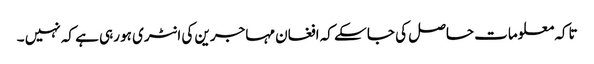
تاکہ معلومات حاصل کی جا سکے کہ افغان مہاجرین کی انٹری ہو رہی ہے کہ نہیں ۔